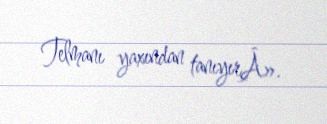
Telmanı yaxından tanıyırÂ».